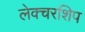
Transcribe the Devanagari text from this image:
लेक्चरशिप